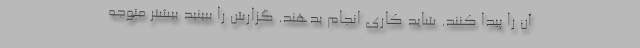
آن را پیدا کنند. شاید کاری انجام بدهند. گزارش را ببینید بیشتر متوجه